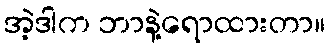
အဲ့ဒါက ဘာနဲ့ရောထားတာ။